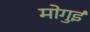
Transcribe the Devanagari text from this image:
मोगुई